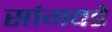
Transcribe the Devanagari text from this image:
सांगवडे